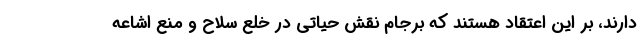
دارند، بر این اعتقاد هستند که برجام نقش حیاتی در خلع سلاح و منع اشاعه